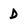
Character: D